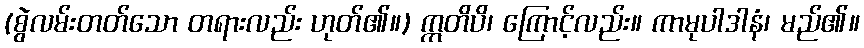
(စွဲလမ်းတတ်သော တရားလည်း ဟုတ်၏။) ဣတိပိ၊ ကြောင့်လည်း။ ကာမုပါဒါနံ၊ မည်၏။